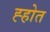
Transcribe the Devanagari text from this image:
ह्होत